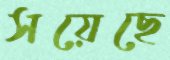
সয়েছে